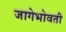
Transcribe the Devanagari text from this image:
जागेभोवती